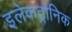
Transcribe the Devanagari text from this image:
इलेकट्रानिक